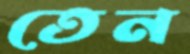
তেন